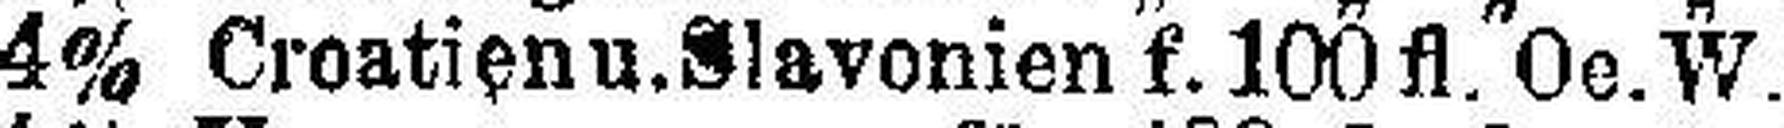
4% Croatien u. Slavonien f. 100 fl. Oe. W.